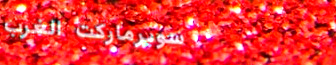
سوبرماركت الغرب